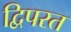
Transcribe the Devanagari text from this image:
द्विपरत